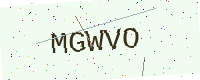
Text: MGWVO